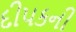
દીપકની